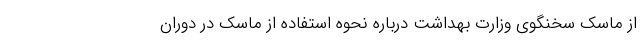
از ماسک سخنگوی وزارت بهداشت درباره نحوه استفاده از ماسک در دوران